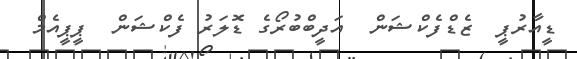
ޑީއާރުޕީ  ޒެޑްފެކްޝަން  އަދީބްބުރޯގެ ޑޮލަރު ފެކްޝަން  ޕީޕީއެމް